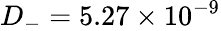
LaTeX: D_{-}=5.27\times 10^{-9}